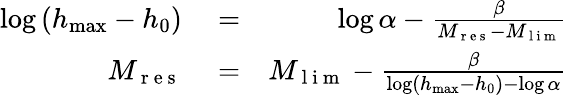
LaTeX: \begin{array}{rlr}{\log\left(h_{\operatorname*{max}}-h_{0}\right)}&{{}=}&{\log\alpha-\frac{\beta}{M_{\mathrm{~r~e~s~}}-M_{\mathrm{~l~i~m~}}}}\\ {M_{\mathrm{~r~e~s~}}}&{{}=}&{M_{\mathrm{~l~i~m~}}-\frac{\beta}{\log\left(h_{\operatorname*{max}}-h_{0}\right)-\log\alpha}}\end{array}